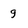
Character: g